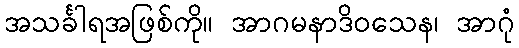
အသင်္ခါရအဖြစ်ကို။ အာဂမနာဒိဝသေန၊ အာဂုံ